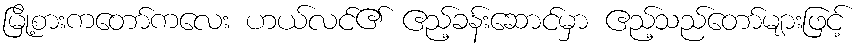
မြို့စားကတော်ကလေး ဟယ်လင်၏ ဧည့်ခန်းဆောင်မှာ ဧည့်သည်တော်များဖြင့်